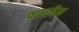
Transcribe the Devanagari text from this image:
वाल्टहैम